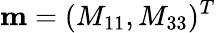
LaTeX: \mathbf{m}=(M_{11},M_{33})^{T}